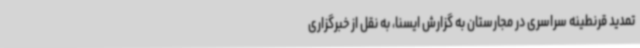
تمدید قرنطینه سراسری در مجارستان به گزارش ایسنا، به نقل از خبرگزاری